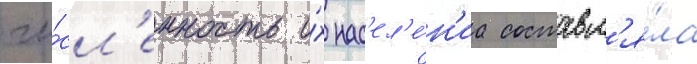
чи́сл'енность и́х нас'ел'е́н'иа составл'я́ла